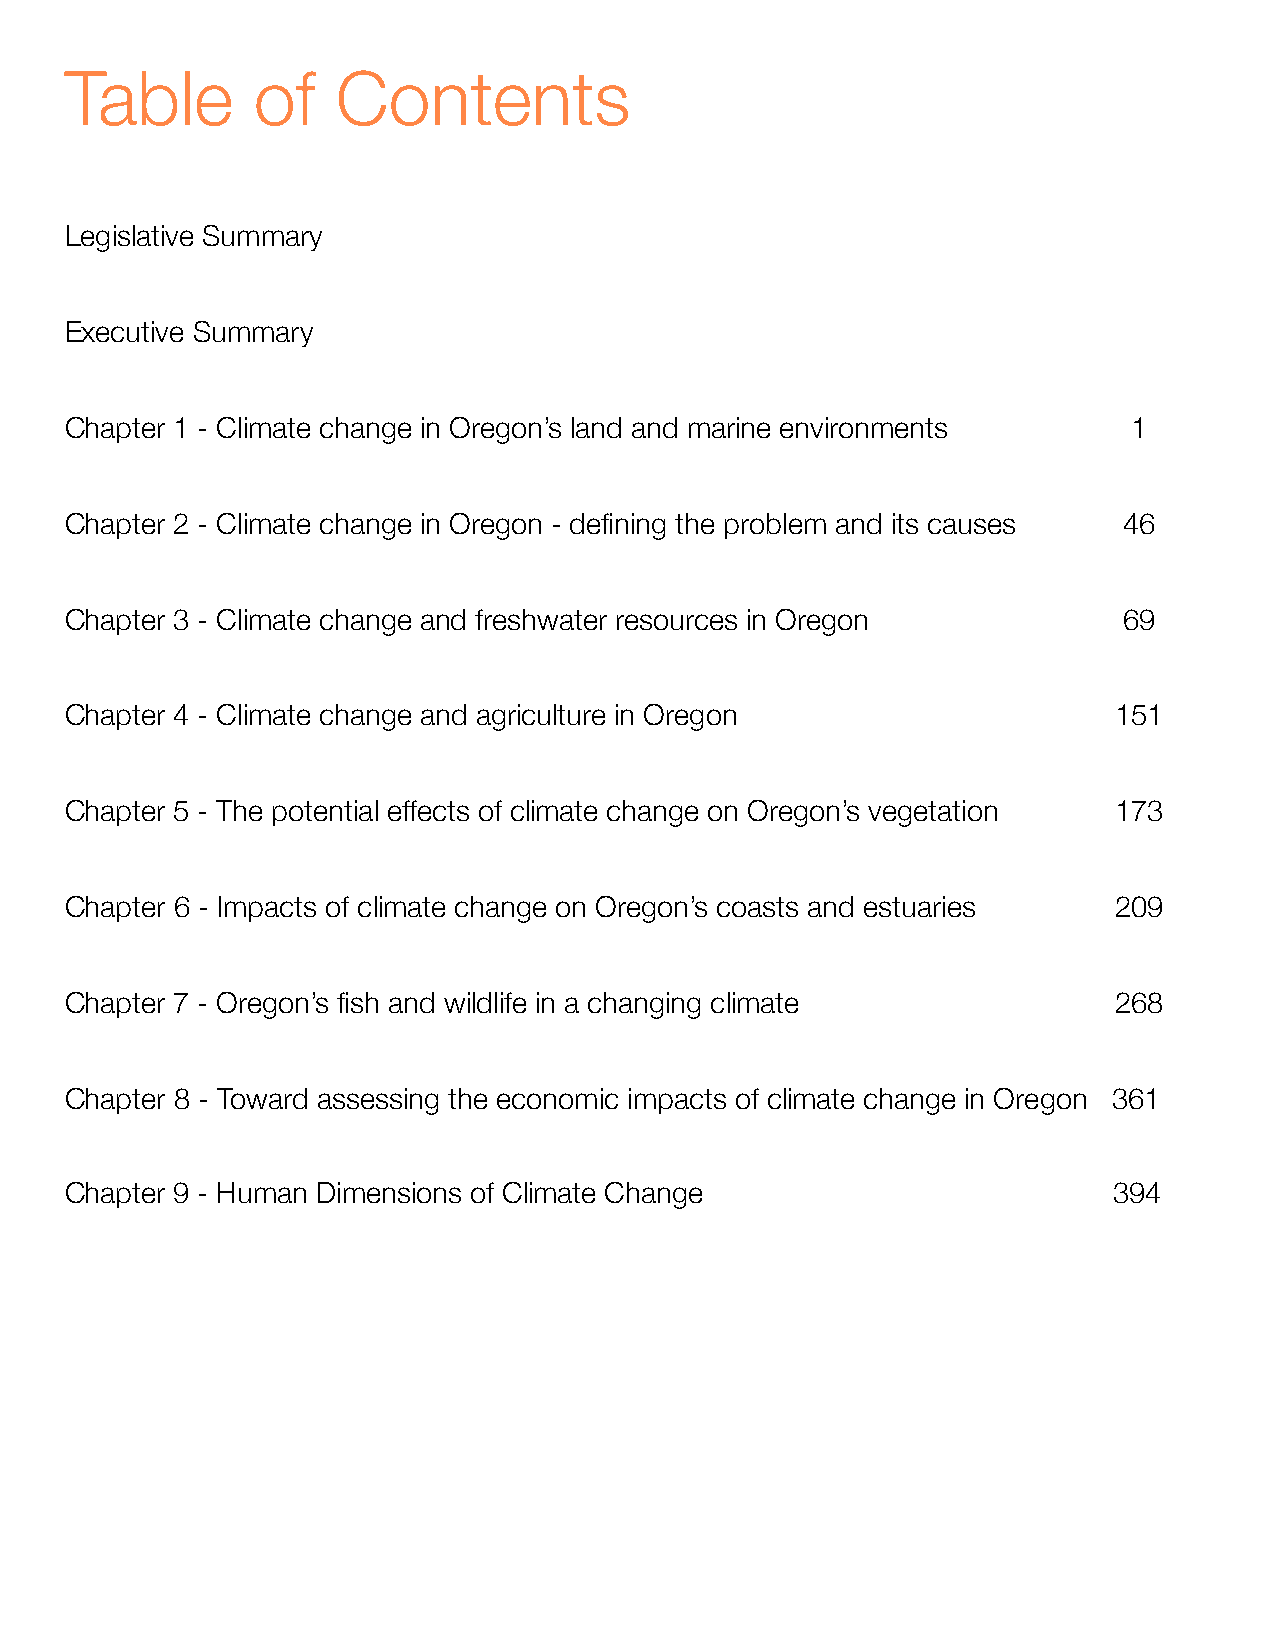
Table        of   Contents
 Legislative Summary
 Executive Summary
 Chapter 1 - Climate change in Oregon’s land and marine environments! ! ! 1
 Chapter 2 - Climate change in Oregon - defining the problem and its causes" " 46
 Chapter 3 - Climate change and freshwater resources in Oregon" " " "  69
 Chapter 4 - Climate change and agriculture in Oregon"" " "  "    "    151
 Chapter 5 - The potential effects of climate change on Oregon’s vegetation! ! 173
 Chapter 6 - Impacts of climate change on Oregon’s coasts and estuaries! ! 209
 Chapter 7 - Oregon’s fish and wildlife in a changing climate! ! ! ! ! 268
 Chapter 8 - Toward assessing the economic impacts of climate change in Oregon 361
 Chapter 9 - Human Dimensions of Climate Change " " "   "    "         394
 "    "    "    "    "    "    "    "    "